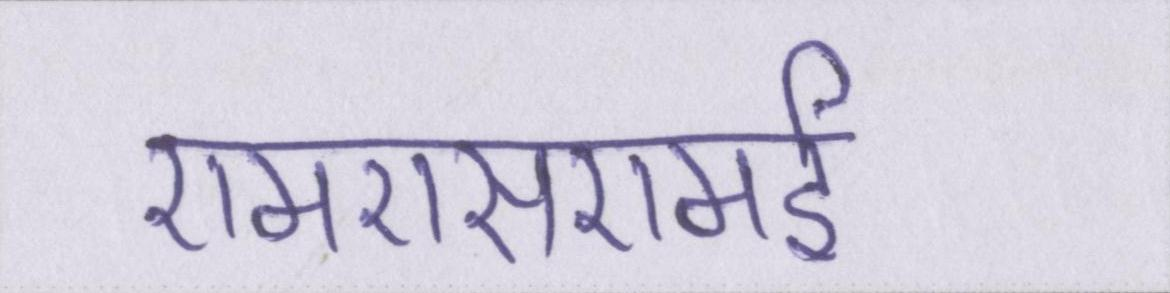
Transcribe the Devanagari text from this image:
एमएसएमई